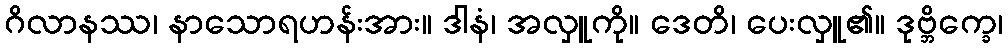
ဂိလာနဿ၊ နာသောရဟန်းအား။ ဒါနံ၊ အလှူကို။ ဒေတိ၊ ပေးလှူ၏။ ဒုဗ္ဘိက္ခေ၊